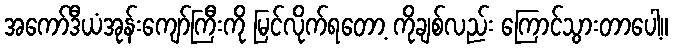
အကော်ဒီယံအုန်းကျော်ကြီးကို မြင်လိုက်ရတော့ ကိုချစ်လည်း ကြောင်သွားတာပေါ့။